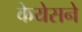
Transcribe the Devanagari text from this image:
केयेसने